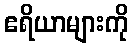
ဧရိယာများကို